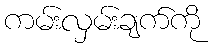
ကမ်းလှမ်းချက်ကို